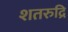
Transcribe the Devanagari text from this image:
शतरुद्रि